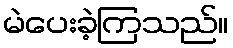
မဲပေးခဲ့ကြသည်။